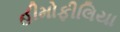
હીમોફીલિયા